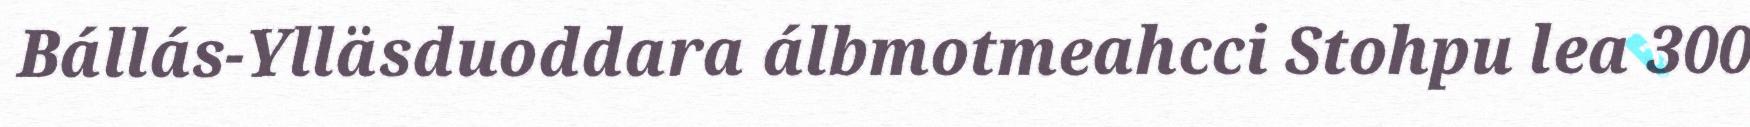
Bállás-Ylläsduoddara álbmotmeahcci Stohpu lea 300